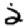
Digit: 2